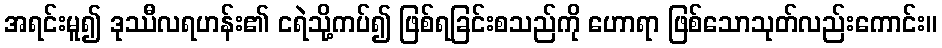
အရင်းမူ၍ ဒုဿီလရဟန်း၏ ငရဲသို့ကပ်၍ ဖြစ်ရခြင်းစသည်ကို ဟောရာ ဖြစ်သောသုတ်လည်းကောင်း။